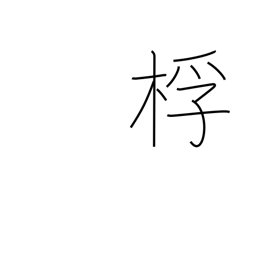
Meaning: drumstick